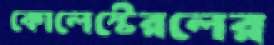
কোলেস্টেরলের